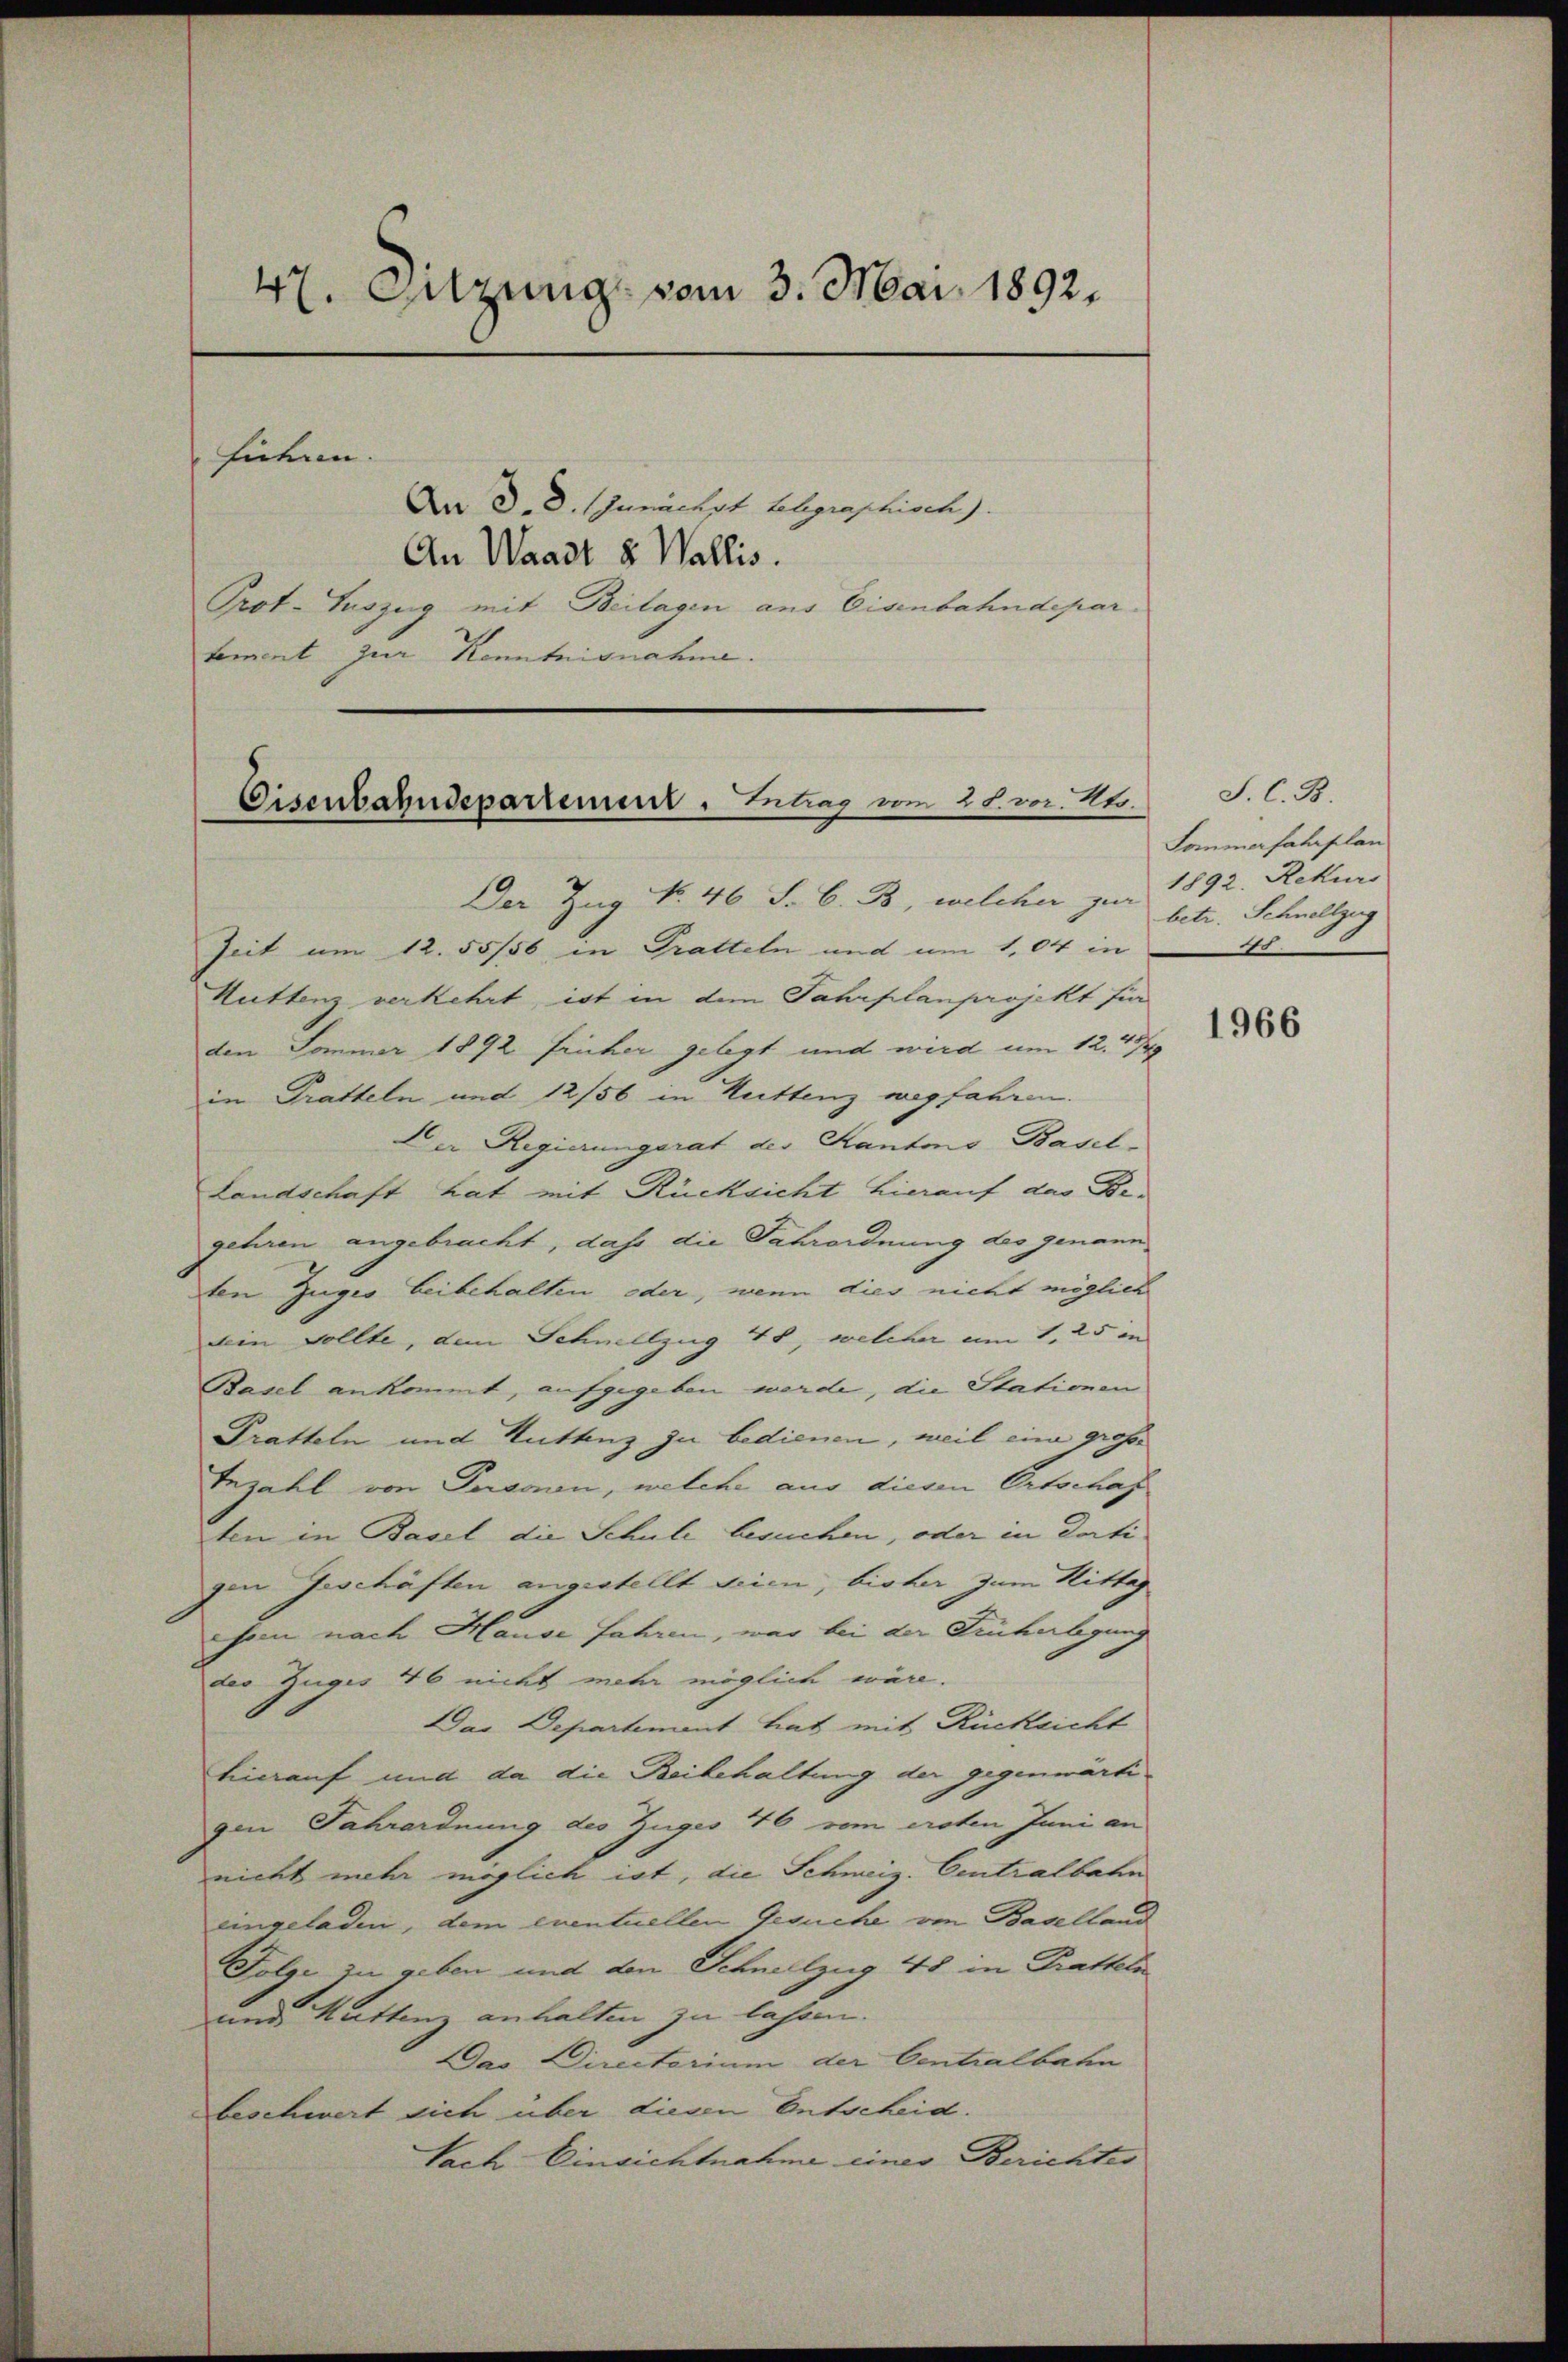
47. Sitzung vom 3. Mai 1892.
hiehen
An d. d. Junächst telegraphisch
An Waadt & Wallis.

Prot. Auszug mit Beilagen aus Eisenbahndepar
tement zur Kenntnisnahme.

Eisenbahndepartement - Antrag vom 28. vor. Mts.

Der Zug No. 46 J. C. B, welcher zur 1892. Rekurs
Zeit um 12.55/56 in Gratteln und um 1,04 in
Huttenz verkehrt, ist in dem Jahrplanprojekt fü
den Sommer 1892 früher gelegt und wird um 12. 454
in Tratteln und 12/56 in Kuttenz wegfahren.
Der Regierungsrat der Kantons Basel¬
Landschaft hat mit Rücksicht hierauf das Be-
gehren angebracht, daß die Fahrordnung des genann
ten Zuges beibehalten oder, wenn dies nicht möglich
dein sollte, dem Schnellzug 48, welcher am 1. 25 in
Basel ankommt, aufgegeben werde, die Stationen
Pratteln und Kuttenz zu bedienen, weil eine große
Tezahl von Person, welche aus diesen Ortschaf
ten in Basel die Schule besuchen, oder in dorti
gen Geschäften angestellt seien, bisher zum Mittag
sein nach Hause fahren, war bei der Finkerlegung
des Zugis 46 nicht mehr möglich wäre.
Das Departement hat mit Rücksicht
hierauf und da die Beibehaltung der gegenwärtigen Fahrordnung des Zuges 476 vom ersten Juni an
nicht mehr möglich ist, die Schweiz. Centralbahn
eingeladen, dem eventuellen Gesuche von Baselland
Folge zu geben und den Schnellzug 48 in Pratteln
und Kattenz anhalten zu lassen.
Das Directorium der Centralbahn
beschwert sich über diesen Entscheid.
Sach Einsichtnahme eines Berichtes

S. C. B
Sommerfahrplan
betr. Schnellzug
.

1966